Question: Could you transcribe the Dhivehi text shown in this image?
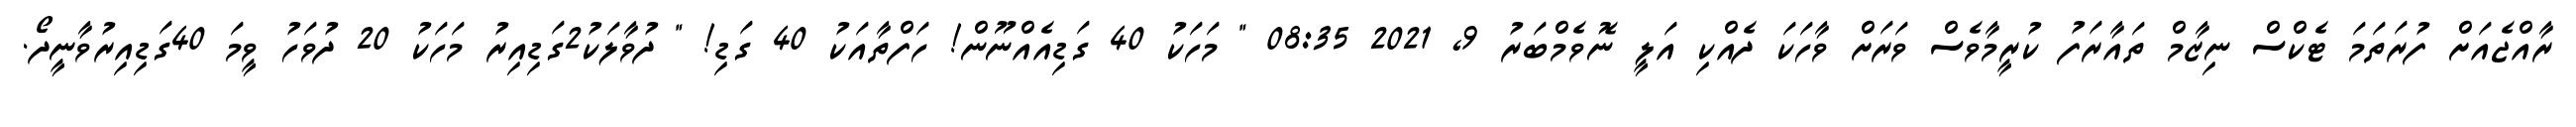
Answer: ރާއްޖެއަށް ފުރަތަމަ ޓެކްސް ނިޒާމް ތައާރަފު ކުރީމާވެސް ވަރަށް ވާހަކަ ދެއްކި އަލީ ނޮވެމްބަރު 9, 2021 08:35 " މަހަކު 40 ގަޑިއެއްނޫން! ހަފްތާއަކު 40 ގަޑި! " ދުވާލަކު2ގަޑިއިރު މަހަކު 20 ދުވަހު ވީމަ 40ގަޑިއިރުވާނީދޯ.